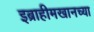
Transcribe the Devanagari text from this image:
इब्राहीमखानच्या